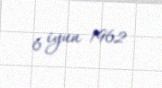
6 iyun 1962